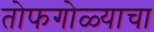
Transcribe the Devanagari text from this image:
तोफगोळ्याचा